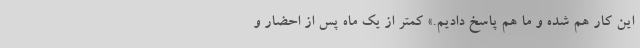
اين كار هم شده و ما هم پاسخ داديم.» كمتر از يك ماه پس از احضار و